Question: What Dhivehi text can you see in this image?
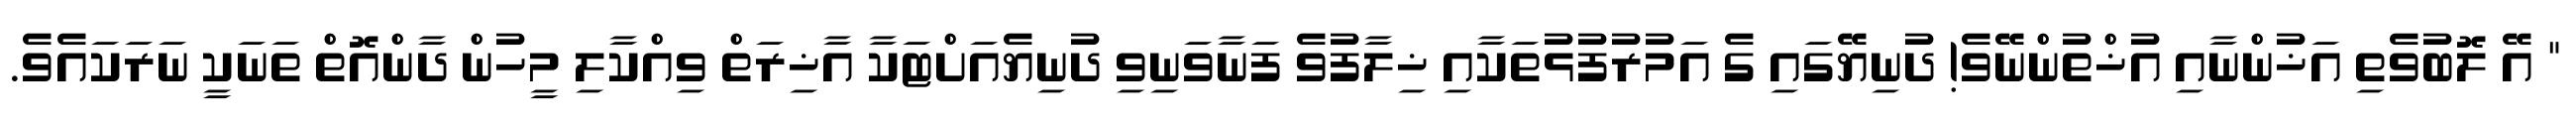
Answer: " އޭ ލޮބުވެތި އަޚުންނާއި އުޚްތުންނޭވެ! ދުނިޔޭގައި ގެ އަމުރުފުޅުތަކާއި ޚިލާފުވެ ފަނާވަނިވި ދުނިޔެއަށްޓަކާ އާޚިރަތް ވިއްކާލި މީހުން ދާންއޮތް ތަނަކީ ނަރަކައެވެ.